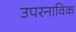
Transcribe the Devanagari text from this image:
उपरनाविक